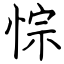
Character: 悰